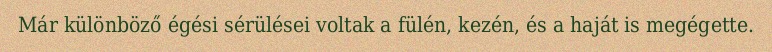
Már különböző égési sérülései voltak a fülén, kezén, és a haját is megégette.